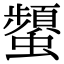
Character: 𧔪